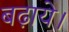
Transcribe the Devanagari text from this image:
बढ़ाये।